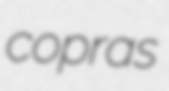
copras